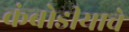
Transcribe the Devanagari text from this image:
कंबोडीयाचे